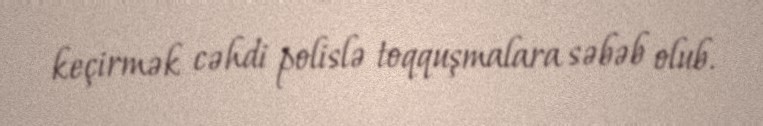
keçirmək cəhdi polislə toqquşmalara səbəb olub.